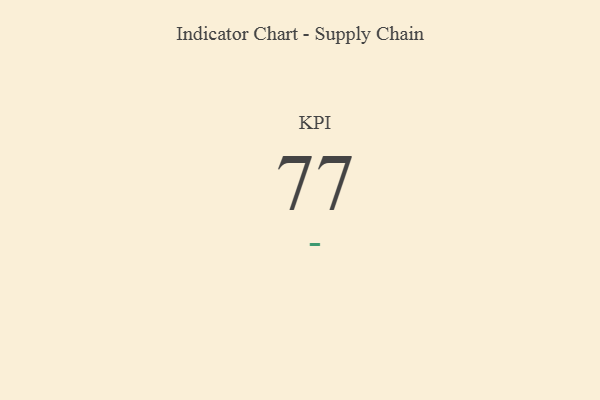
{"axis": {"x": "KPI", "y": "Value"}, "legend": [""], "data": [{"x": "KPI", "y": 77, "type": ""}]}